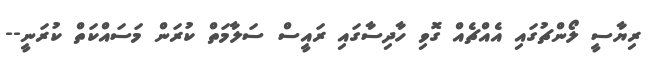
ރިޔާސީ ލޯންޗުގައި އެއްޗެއް ގޮވި ހާދިސާގައި ރައީސް ސަލާމަތް ކުރަން މަސައްކަތް ކުރަނީ--